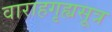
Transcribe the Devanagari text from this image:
वाराहगृह्यसूत्र